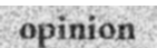
opinion